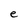
Character: e